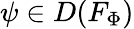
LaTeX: \psi\in D(F_{\Phi})